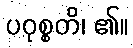
ပဝုစ္စတိ၊ ၏။